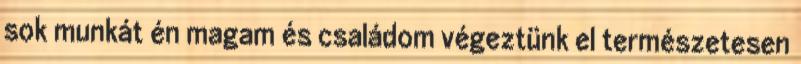
sok munkát én magam és családom végeztünk el természetesen